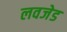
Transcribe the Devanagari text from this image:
लवजेड